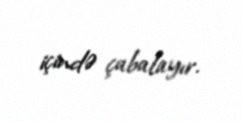
içində çabalayır.